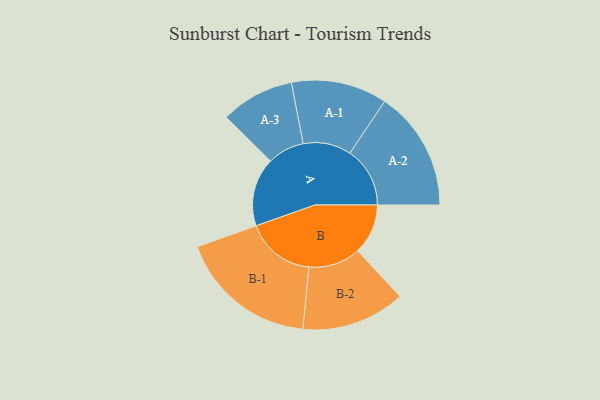
{"axis": {"x": "Segment", "y": "Value"}, "legend": ["", "A", "B"], "data": [{"x": "A", "y": 296, "type": ""}, {"x": "B", "y": 217, "type": ""}, {"x": "A-1", "y": 207, "type": "A"}, {"x": "A-2", "y": 259, "type": "A"}, {"x": "A-3", "y": 159, "type": "A"}, {"x": "B-1", "y": 300, "type": "B"}, {"x": "B-2", "y": 224, "type": "B"}]}